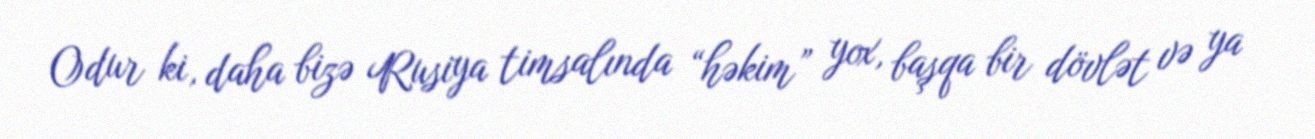
Odur ki, daha bizə Rusiya timsalında “həkim” yox, başqa bir dövlət və ya